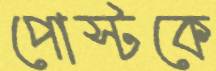
পোস্টকে